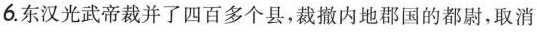
6.东汉光武帝裁并了四百多个县，裁撤内地郡国的都尉，取消